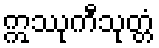
ဣဿုကီသုတ္တံ